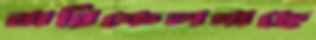
নারিকেলগাছে